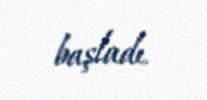
başladı.